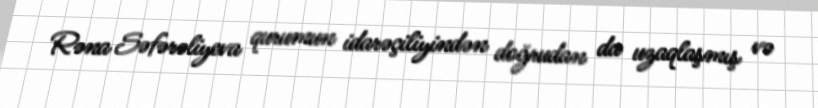
Rəna Səfərəliyeva qurumun idarəçiliyindən doğrudan da uzaqlaşmış və